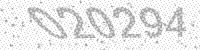
Solution: 020294